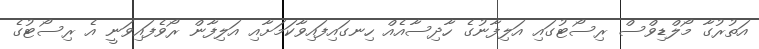
އަތުރުގާ މޯލްޑިވްސް ރިސޯޓުގައި އަލިފާނުގެ ހާދިސާއެއް ހިނގައިފައިވާކަމަށާއި އަލިފާން ރޯވެފައިވަނީ އެ ރިސޯޓުގެ